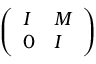
\left( \begin{array} { l l } { I } & { M } \\ { 0 } & { I } \end{array} \right)